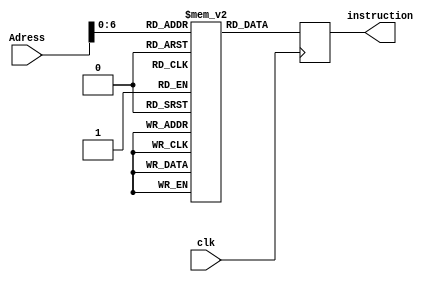
`timescale 1ns / 1ps
module InstructionMemory(clk,Adress,instruction);
input clk;
input [31:0]Adress;
output reg [31:0] instruction;
reg [31:0] Memory [0:127];
initial begin
        Memory[0] <= 32'h00221820;
        Memory[1] <= 32'hAC010000;
        Memory[2] <= 32'h8C240000;
        Memory[3] <= 32'h10210001;
        Memory[4] <= 32'h00001820;
        Memory[5] <= 32'h00411822;
//        Memory[6] = 32'h10a70008;
        end
//initial begin
//    $readmemh("YourInstruction.txt",Memory,0,5);
//end
    always@(posedge clk) begin
        instruction <= Memory[Adress];
    end
endmodule